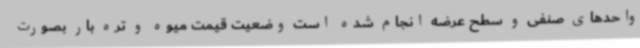
واحدهای صنفی و سطح عرضه انجام شده است وضعیت قیمت میوه و تره بار بصورت